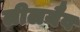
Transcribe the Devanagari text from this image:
लीलयैव